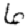
Digit: 6